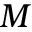
M